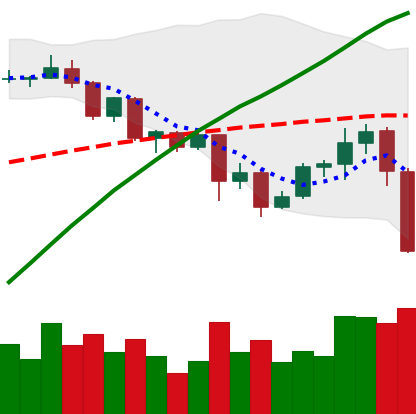
Ticker: ADA-USD
Chart end date: 2020-09-03
Forward return: -5.349%
Label: down_5_7